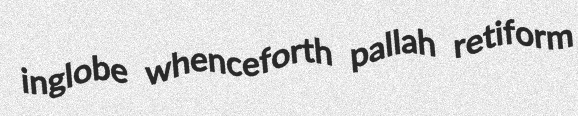
inglobe whenceforth pallah retiform